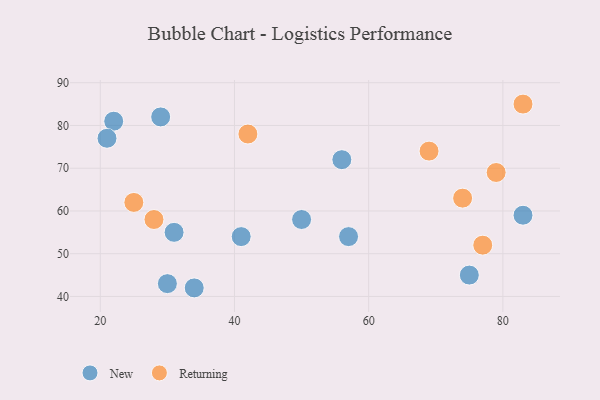
{"axis": {"x": "GDP", "y": "Life Expectancy"}, "legend": ["New", "Returning"], "data": [{"x": "50", "y": 58, "type": "New"}, {"x": "30", "y": 43, "type": "New"}, {"x": "57", "y": 54, "type": "New"}, {"x": "83", "y": 59, "type": "New"}, {"x": "31", "y": 55, "type": "New"}, {"x": "34", "y": 42, "type": "New"}, {"x": "22", "y": 81, "type": "New"}, {"x": "41", "y": 54, "type": "New"}, {"x": "75", "y": 45, "type": "New"}, {"x": "56", "y": 72, "type": "New"}, {"x": "21", "y": 77, "type": "New"}, {"x": "29", "y": 82, "type": "New"}, {"x": "25", "y": 62, "type": "Returning"}, {"x": "79", "y": 69, "type": "Returning"}, {"x": "83", "y": 85, "type": "Returning"}, {"x": "28", "y": 58, "type": "Returning"}, {"x": "42", "y": 78, "type": "Returning"}, {"x": "74", "y": 63, "type": "Returning"}, {"x": "69", "y": 74, "type": "Returning"}, {"x": "77", "y": 52, "type": "Returning"}]}